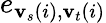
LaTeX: e_{{\mathbf{v}_{s}}(i),{\mathbf{v}_{t}}(i)}